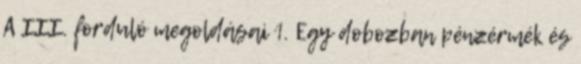
A III. forduló megoldásai 1. Egy dobozban pénzérmék és